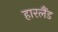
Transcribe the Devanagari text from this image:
हारलैंड